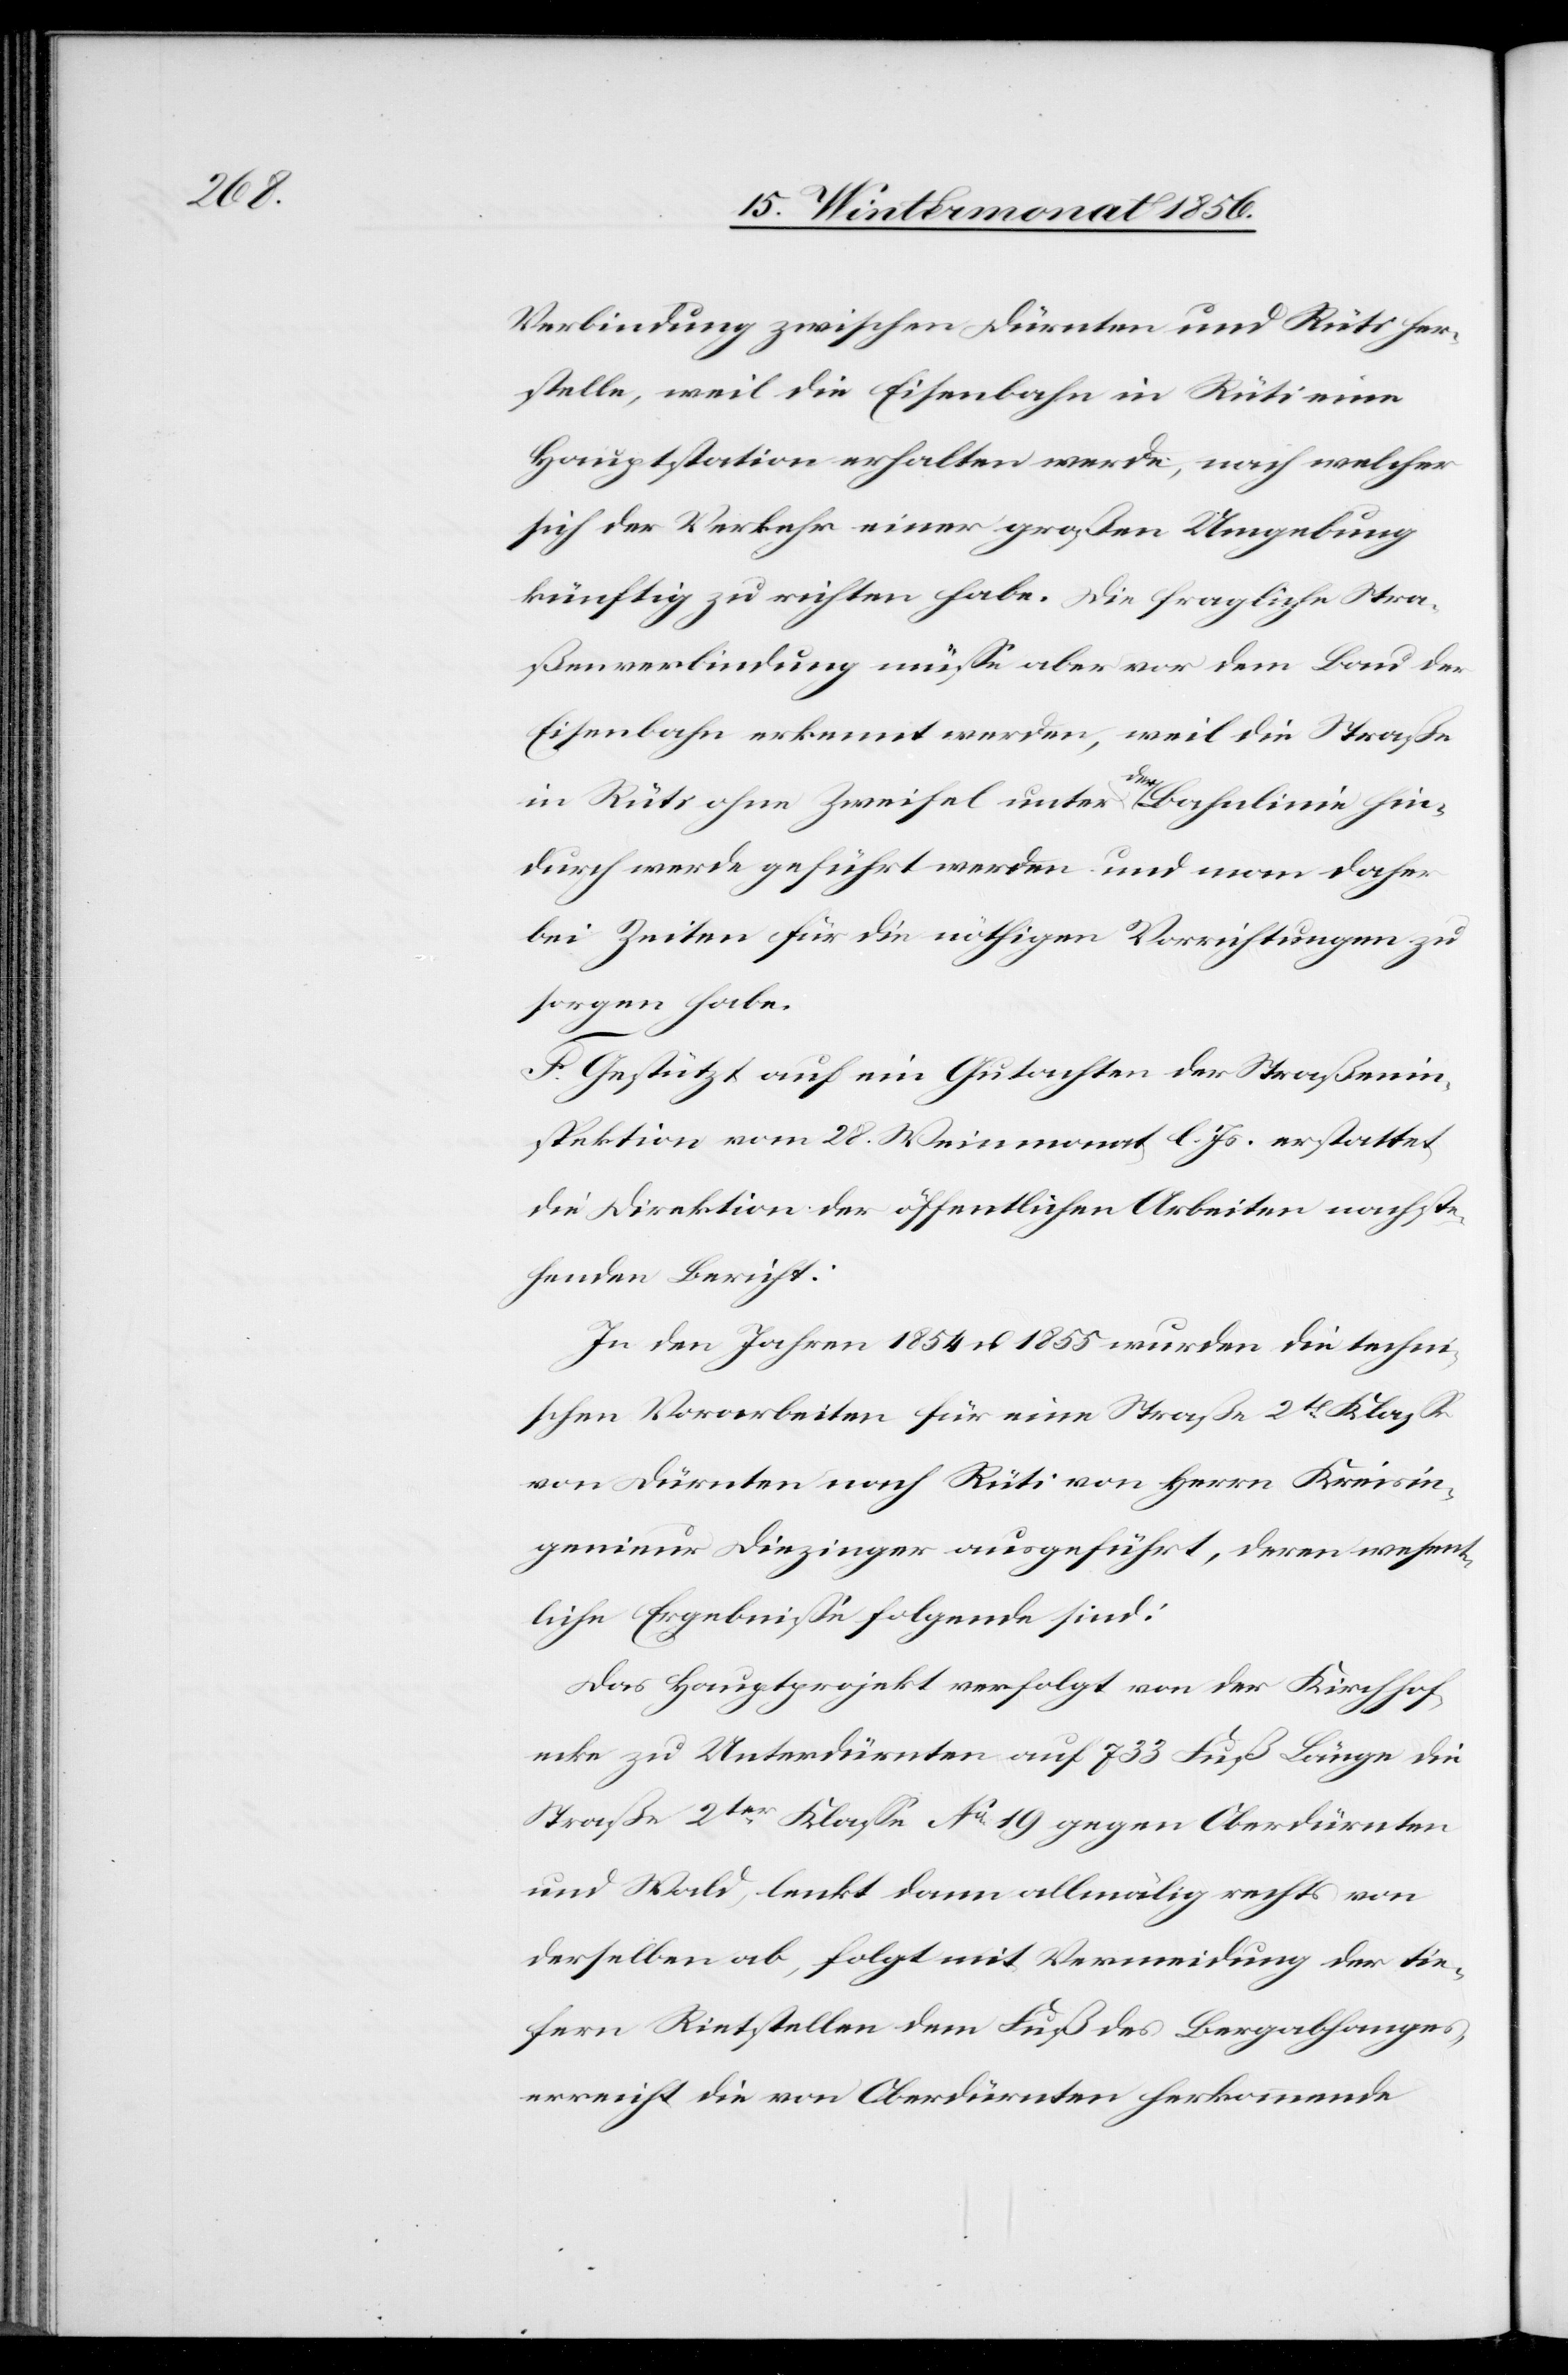
Verbindung zwischen Dürnten und Rüti her¬
stelle, weil die Eisenbahn in Rüti eine
Hauptstation erhalten werde, nach welcher
sich der Verkehr einer großen Umgebung
künftig zu richten habe. Die fragliche Stra¬
ßenverbindung müsse aber vor dem Bau der
Eisenbahn erkennt werden, weil die Straße
in Rüti ohne Zweifel unter a-der-a Bahnlinie hin¬
durch werde geführt werden und man daher
bei Zeiten für die nöthigen Vorrichtungen zu
sorgen habe.
F. Gestützt auf ein Gutachten der Straßenin¬
spektion vom 28. Weinmonat l. Js. erstattet
die Direktion der öffentlichen Arbeiten nachste¬
henden Bericht:
In den Jahren 1854 u. 1855 wurden die techni¬
schen Vorarbeiten für eine Straße 2t Klasse
von Dürnten nach Rüti von Herrn Kreisin¬
genieur Diezinger ausgeführt, deren wesent¬
liche Ergebnisse folgende sind:
Das Hauptprojekt verfolgt von der Kirchhof¬
ecke zu Unterdürnten auf 733 Fuß Länge die
Strase 2ter Klasse No 19 gegen Oberdürnten
und Wald, lenkt dann allmälig rechts von
derselben ab, folgt mit Vermeidung der tie¬
fern Rietstellen dem Fuß des Bergabhanges,
erreicht die von Oberdürnten herkommende